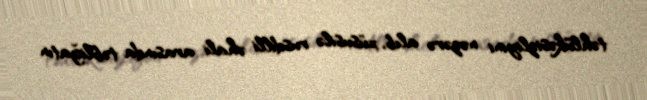
təhlükəsizliyini nəzərə alıb, xüsusilə rusdilli əhali arasında təbliğatın